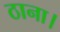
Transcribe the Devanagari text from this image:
ठाना।